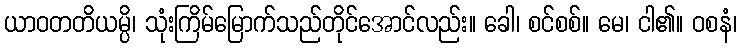
ယာဝတတိယမ္ပိ၊ သုံးကြိမ်မြောက်သည်တိုင်အောင်လည်း။ ခေါ၊ စင်စစ်။ မေ၊ ငါ၏။ ဝစနံ၊